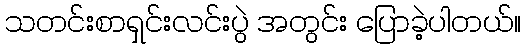
သတင်းစာရှင်းလင်းပွဲ အတွင်း ပြောခဲ့ပါတယ်။